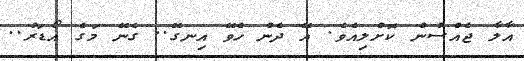
އާލާ ޖެއްސުން ކޮށްލިއެވެ. އޭ ދެން ހެވޭ އިނގޭ.. ގެނޭ މަގެ އޯޑަރު..